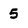
Character: 5